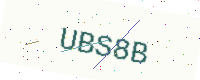
Text: UBS8B